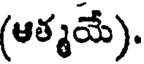
(ఆత్మమే).